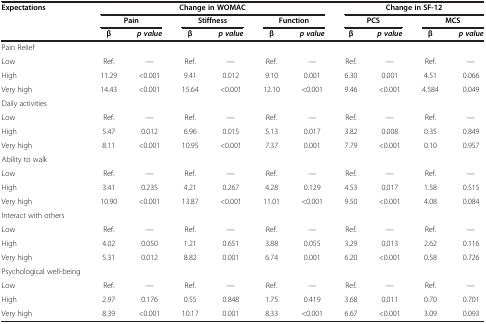
<table><thead><tr><td><b>Expectations</b></td><td colspan="6"><b>Change in WOMAC</b></td><td colspan="4"><b>Change in SF-12</b></td></tr><tr><td><b> </b></td><td colspan="2"><b>Pain</b></td><td colspan="2"><b>Stiffness</b></td><td colspan="2"><b>Function</b></td><td colspan="2"><b>PCS</b></td><td colspan="2"><b>MCS</b></td></tr><tr><td><b> </b></td><td><b>β</b></td><td><b><i>p value</i></b></td><td><b>β</b></td><td><b><i>p value</i></b></td><td><b>β</b></td><td><b><i>p value</i></b></td><td><b>β</b></td><td><b><i>p value</i></b></td><td><b>β</b></td><td><b><i>p value</i></b></td></tr></thead><tbody><tr><td>Pain Relief</td><td> </td><td> </td><td> </td><td> </td><td> </td><td> </td><td> </td><td> </td><td> </td><td> </td></tr><tr><td>Low</td><td>Ref.</td><td>—</td><td>Ref.</td><td>—</td><td>Ref.</td><td>—</td><td>Ref.</td><td>—</td><td>Ref.</td><td>—</td></tr><tr><td>High</td><td>11.29</td><td>&lt;0.001</td><td>9.41</td><td>0.012</td><td>9.10</td><td>0.001</td><td>6.30</td><td>0.001</td><td>4.51</td><td>0.066</td></tr><tr><td>Very high</td><td>14.43</td><td>&lt;0.001</td><td>15.64</td><td>&lt;0.001</td><td>12.10</td><td>&lt;0.001</td><td>9.46</td><td>&lt;0.001</td><td>4.584</td><td>0.049</td></tr><tr><td>Daily activities</td><td> </td><td> </td><td> </td><td> </td><td> </td><td> </td><td> </td><td> </td><td> </td><td> </td></tr><tr><td>Low</td><td>Ref.</td><td>—</td><td>Ref.</td><td>—</td><td>Ref.</td><td>—</td><td>Ref.</td><td>—</td><td>Ref.</td><td>—</td></tr><tr><td>High</td><td>5.47</td><td>0.012</td><td>6.96</td><td>0.015</td><td>5.13</td><td>0.017</td><td>3.82</td><td>0.008</td><td>0.35</td><td>0.849</td></tr><tr><td>Very high</td><td>8.11</td><td>&lt;0.001</td><td>10.95</td><td>&lt;0.001</td><td>7.37</td><td>0.001</td><td>7.79</td><td>&lt;0.001</td><td>0.10</td><td>0.957</td></tr><tr><td>Ability to walk</td><td> </td><td> </td><td> </td><td> </td><td> </td><td> </td><td> </td><td> </td><td> </td><td> </td></tr><tr><td>Low</td><td>Ref.</td><td>—</td><td>Ref.</td><td>—</td><td>Ref.</td><td>—</td><td>Ref.</td><td>—</td><td>Ref.</td><td>—</td></tr><tr><td>High</td><td>3.41</td><td>0.235</td><td>4.21</td><td>0.267</td><td>4.28</td><td>0.129</td><td>4.53</td><td>0.017</td><td>1.58</td><td>0.515</td></tr><tr><td>Very high</td><td>10.90</td><td>&lt;0.001</td><td>13.87</td><td>&lt;0.001</td><td>11.01</td><td>&lt;0.001</td><td>9.50</td><td>&lt;0.001</td><td>4.08</td><td>0.084</td></tr><tr><td>Interact with others</td><td> </td><td> </td><td> </td><td> </td><td> </td><td> </td><td> </td><td> </td><td> </td><td> </td></tr><tr><td>Low</td><td>Ref.</td><td>—</td><td>Ref.</td><td>—</td><td>Ref.</td><td>—</td><td>Ref.</td><td>—</td><td>Ref.</td><td>—</td></tr><tr><td>High</td><td>4.02</td><td>0.050</td><td>1.21</td><td>0.651</td><td>3.88</td><td>0.055</td><td>3.29</td><td>0.013</td><td>2.62</td><td>0.116</td></tr><tr><td>Very high</td><td>5.31</td><td>0.012</td><td>8.82</td><td>0.001</td><td>6.74</td><td>0.001</td><td>6.20</td><td>&lt;0.001</td><td>0.58</td><td>0.726</td></tr><tr><td>Psychological well-being</td><td> </td><td> </td><td> </td><td> </td><td> </td><td> </td><td> </td><td> </td><td> </td><td> </td></tr><tr><td>Low</td><td>Ref.</td><td>—</td><td>Ref.</td><td>—</td><td>Ref.</td><td>—</td><td>Ref.</td><td>—</td><td>Ref.</td><td>—</td></tr><tr><td>High</td><td>2.97</td><td>0.176</td><td>0.55</td><td>0.848</td><td>1.75</td><td>0.419</td><td>3.68</td><td>0.011</td><td>0.70</td><td>0.701</td></tr><tr><td>Very high</td><td>8.39</td><td>&lt;0.001</td><td>10.17</td><td>0.001</td><td>8.33</td><td>&lt;0.001</td><td>6.67</td><td>&lt;0.001</td><td>3.09</td><td>0.093</td></tr></tbody></table>